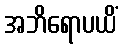
အဘိရောပယိံ